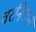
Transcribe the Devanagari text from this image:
वरनिक्स